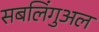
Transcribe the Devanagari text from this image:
सबलिंगुअल